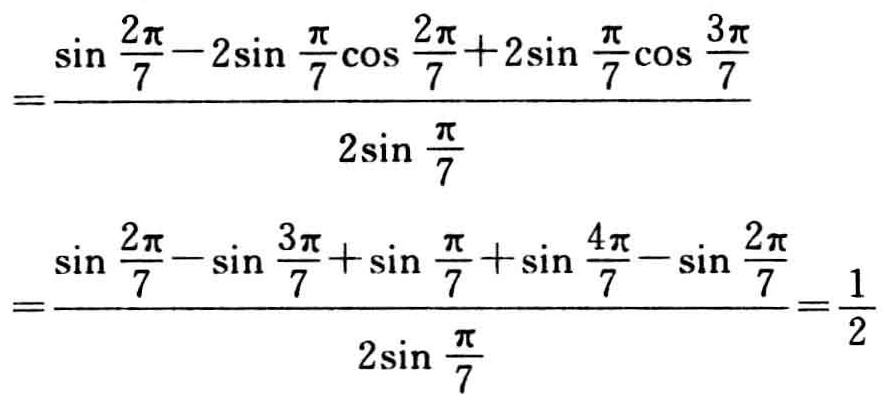
\[

=\frac{\sin\frac{2\pi}{7}-2\sin\frac{\pi}{7}\cos\frac{2\pi}{7}+2\sin\frac{\pi}{7}\cos\frac{3\pi}{7}}{2\sin\frac{\pi}{7}}

\]

\[

=\frac{\sin\frac{2\pi}{7}-\sin\frac{3\pi}{7}+\sin\frac{\pi}{7}+\sin\frac{4\pi}{7}-\sin\frac{2\pi}{7}}{2\sin\frac{\pi}{7}}=\frac{1}{2}

\]